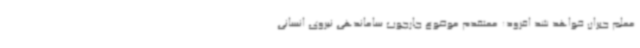
معلم جبران خواهد شد افزود: معتقدم موضوع چارچوب ساماندهی نیروی انسانی